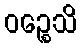
ဝဉ္စေသိ